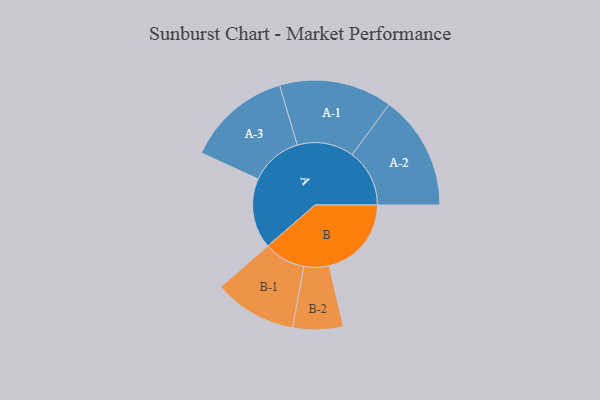
{"axis": {"x": "Segment", "y": "Value"}, "legend": ["", "A", "B"], "data": [{"x": "A", "y": 361, "type": ""}, {"x": "B", "y": 423, "type": ""}, {"x": "A-1", "y": 291, "type": "A"}, {"x": "A-2", "y": 295, "type": "A"}, {"x": "A-3", "y": 269, "type": "A"}, {"x": "B-1", "y": 213, "type": "B"}, {"x": "B-2", "y": 129, "type": "B"}]}